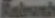
Rabrush